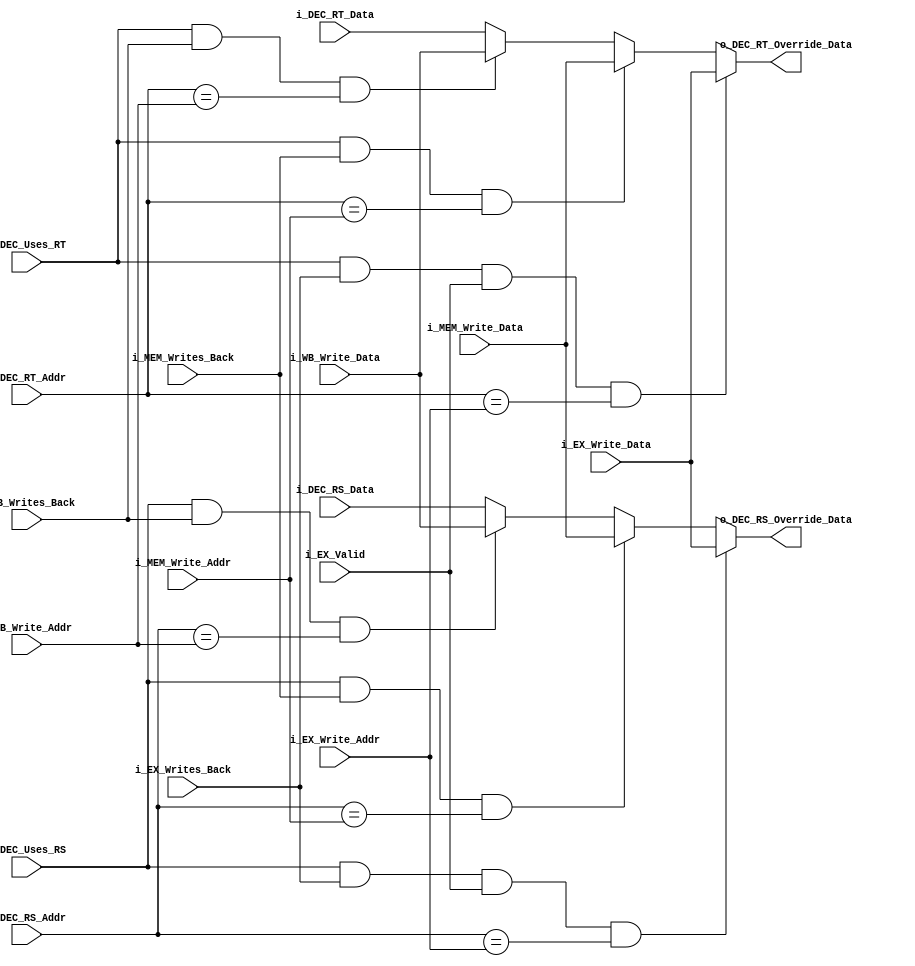
/* forwarding_unit.v
* Last Revision: 1/5/11
* Abstract:
*	Provides forwarding support to the pipeline (i.e. instructions that have
* completed in later stages can have their results forwarded to newer
* instructions that require them -- this improves performance by resolving
* data dependencies without requiring a stall).
*/
module forwarding_unit	#(	parameter DATA_WIDTH=32,
							parameter REG_ADDR_WIDTH=5
						)
						(
							//==============================================
							// Hazard in DECODE?
							input i_DEC_Uses_RS,								// DEC wants to use RS
							input [REG_ADDR_WIDTH-1:0] i_DEC_RS_Addr,		// RS request addr.
							input i_DEC_Uses_RT,								// DEC wants to use RT
							input [REG_ADDR_WIDTH-1:0] i_DEC_RT_Addr,		// RT request addr.
							input [DATA_WIDTH-1:0] i_DEC_RS_Data,
							input [DATA_WIDTH-1:0] i_DEC_RT_Data,
							
							// Feedback from EX
							input i_EX_Writes_Back,								// EX is valid for analysis
							input i_EX_Valid,								// If it's a valid ALU op or not
							input [REG_ADDR_WIDTH-1:0] i_EX_Write_Addr,							// What EX will write to
							input [DATA_WIDTH-1:0] i_EX_Write_Data,
							
							// Feedback from MEM
							input i_MEM_Writes_Back,								// MEM is valid for analysis
							input [REG_ADDR_WIDTH-1:0] i_MEM_Write_Addr,							// What MEM will write to
							input [DATA_WIDTH-1:0] i_MEM_Write_Data,
							
							// Feedback from WB
							input i_WB_Writes_Back,								// WB is valid for analysis
							input [REG_ADDR_WIDTH-1:0] i_WB_Write_Addr,							// What WB will write to
							input [DATA_WIDTH-1:0] i_WB_Write_Data,
							
							//===============================================
							// IFetch forwarding
							
								// None
								
							// DEC forwarding
							output reg [DATA_WIDTH-1:0] o_DEC_RS_Override_Data,
							output reg [DATA_WIDTH-1:0] o_DEC_RT_Override_Data
							
							// EX forwarding
							//output reg [DATA_WIDTH-1:0] ,

							// MEM forwarding
						);

	// Forwarding to DECODE
	always @(*)
	begin
		o_DEC_RS_Override_Data <= i_DEC_RS_Data;
		o_DEC_RT_Override_Data <= i_DEC_RT_Data;

		// Do we need to forward from EX back to DECODE? - RS FORWARDING
		if( i_DEC_Uses_RS &&
			i_EX_Writes_Back &&
			i_EX_Valid &&			// Is it a valid ALU op?
			(i_DEC_RS_Addr == i_EX_Write_Addr)
			)
		begin
			o_DEC_RS_Override_Data <= i_EX_Write_Data;
		end
		else if( i_DEC_Uses_RS &&	// Forward from MEM?
				 i_MEM_Writes_Back && 
				 (i_DEC_RS_Addr == i_MEM_Write_Addr)
				)
		begin
			o_DEC_RS_Override_Data <= i_MEM_Write_Data;
		end
		else if( i_DEC_Uses_RS &&
				 i_WB_Writes_Back &&
				 (i_DEC_RS_Addr == i_WB_Write_Addr) )
		begin
			o_DEC_RS_Override_Data <= i_WB_Write_Data;
		end

		// Do we need to forward from EX back to DECODE? - RT FORWARDING
		if( i_DEC_Uses_RT &&
			i_EX_Writes_Back &&
			i_EX_Valid &&
			(i_DEC_RT_Addr == i_EX_Write_Addr)
			)
			begin
				o_DEC_RT_Override_Data <= i_EX_Write_Data;
			end
		else if( i_DEC_Uses_RT &&	// Forward from MEM?
				 i_MEM_Writes_Back && 
				 (i_DEC_RT_Addr == i_MEM_Write_Addr)
				 )
		begin
			o_DEC_RT_Override_Data <= i_MEM_Write_Data;
		end
		else if( i_DEC_Uses_RT &&
				 i_WB_Writes_Back &&
				 (i_DEC_RT_Addr == i_WB_Write_Addr) )
		begin
			o_DEC_RT_Override_Data <= i_WB_Write_Data;
		end		
	end
						
endmodule